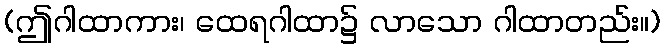
(ဤဂါထာကား၊ ထေရဂါထာ၌ လာသော ဂါထာတည်း။)